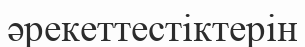
әрекеттестіктерін